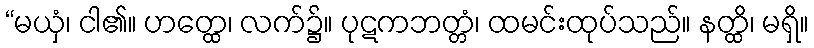
“မယှံ၊ ငါ၏။ ဟတ္ထေ၊ လက်၌။ ပုဋကဘတ္တံ၊ ထမင်းထုပ်သည်။ နတ္ထိ၊ မရှိ။